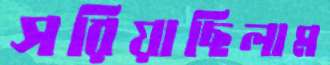
সরিয়াছিলাম